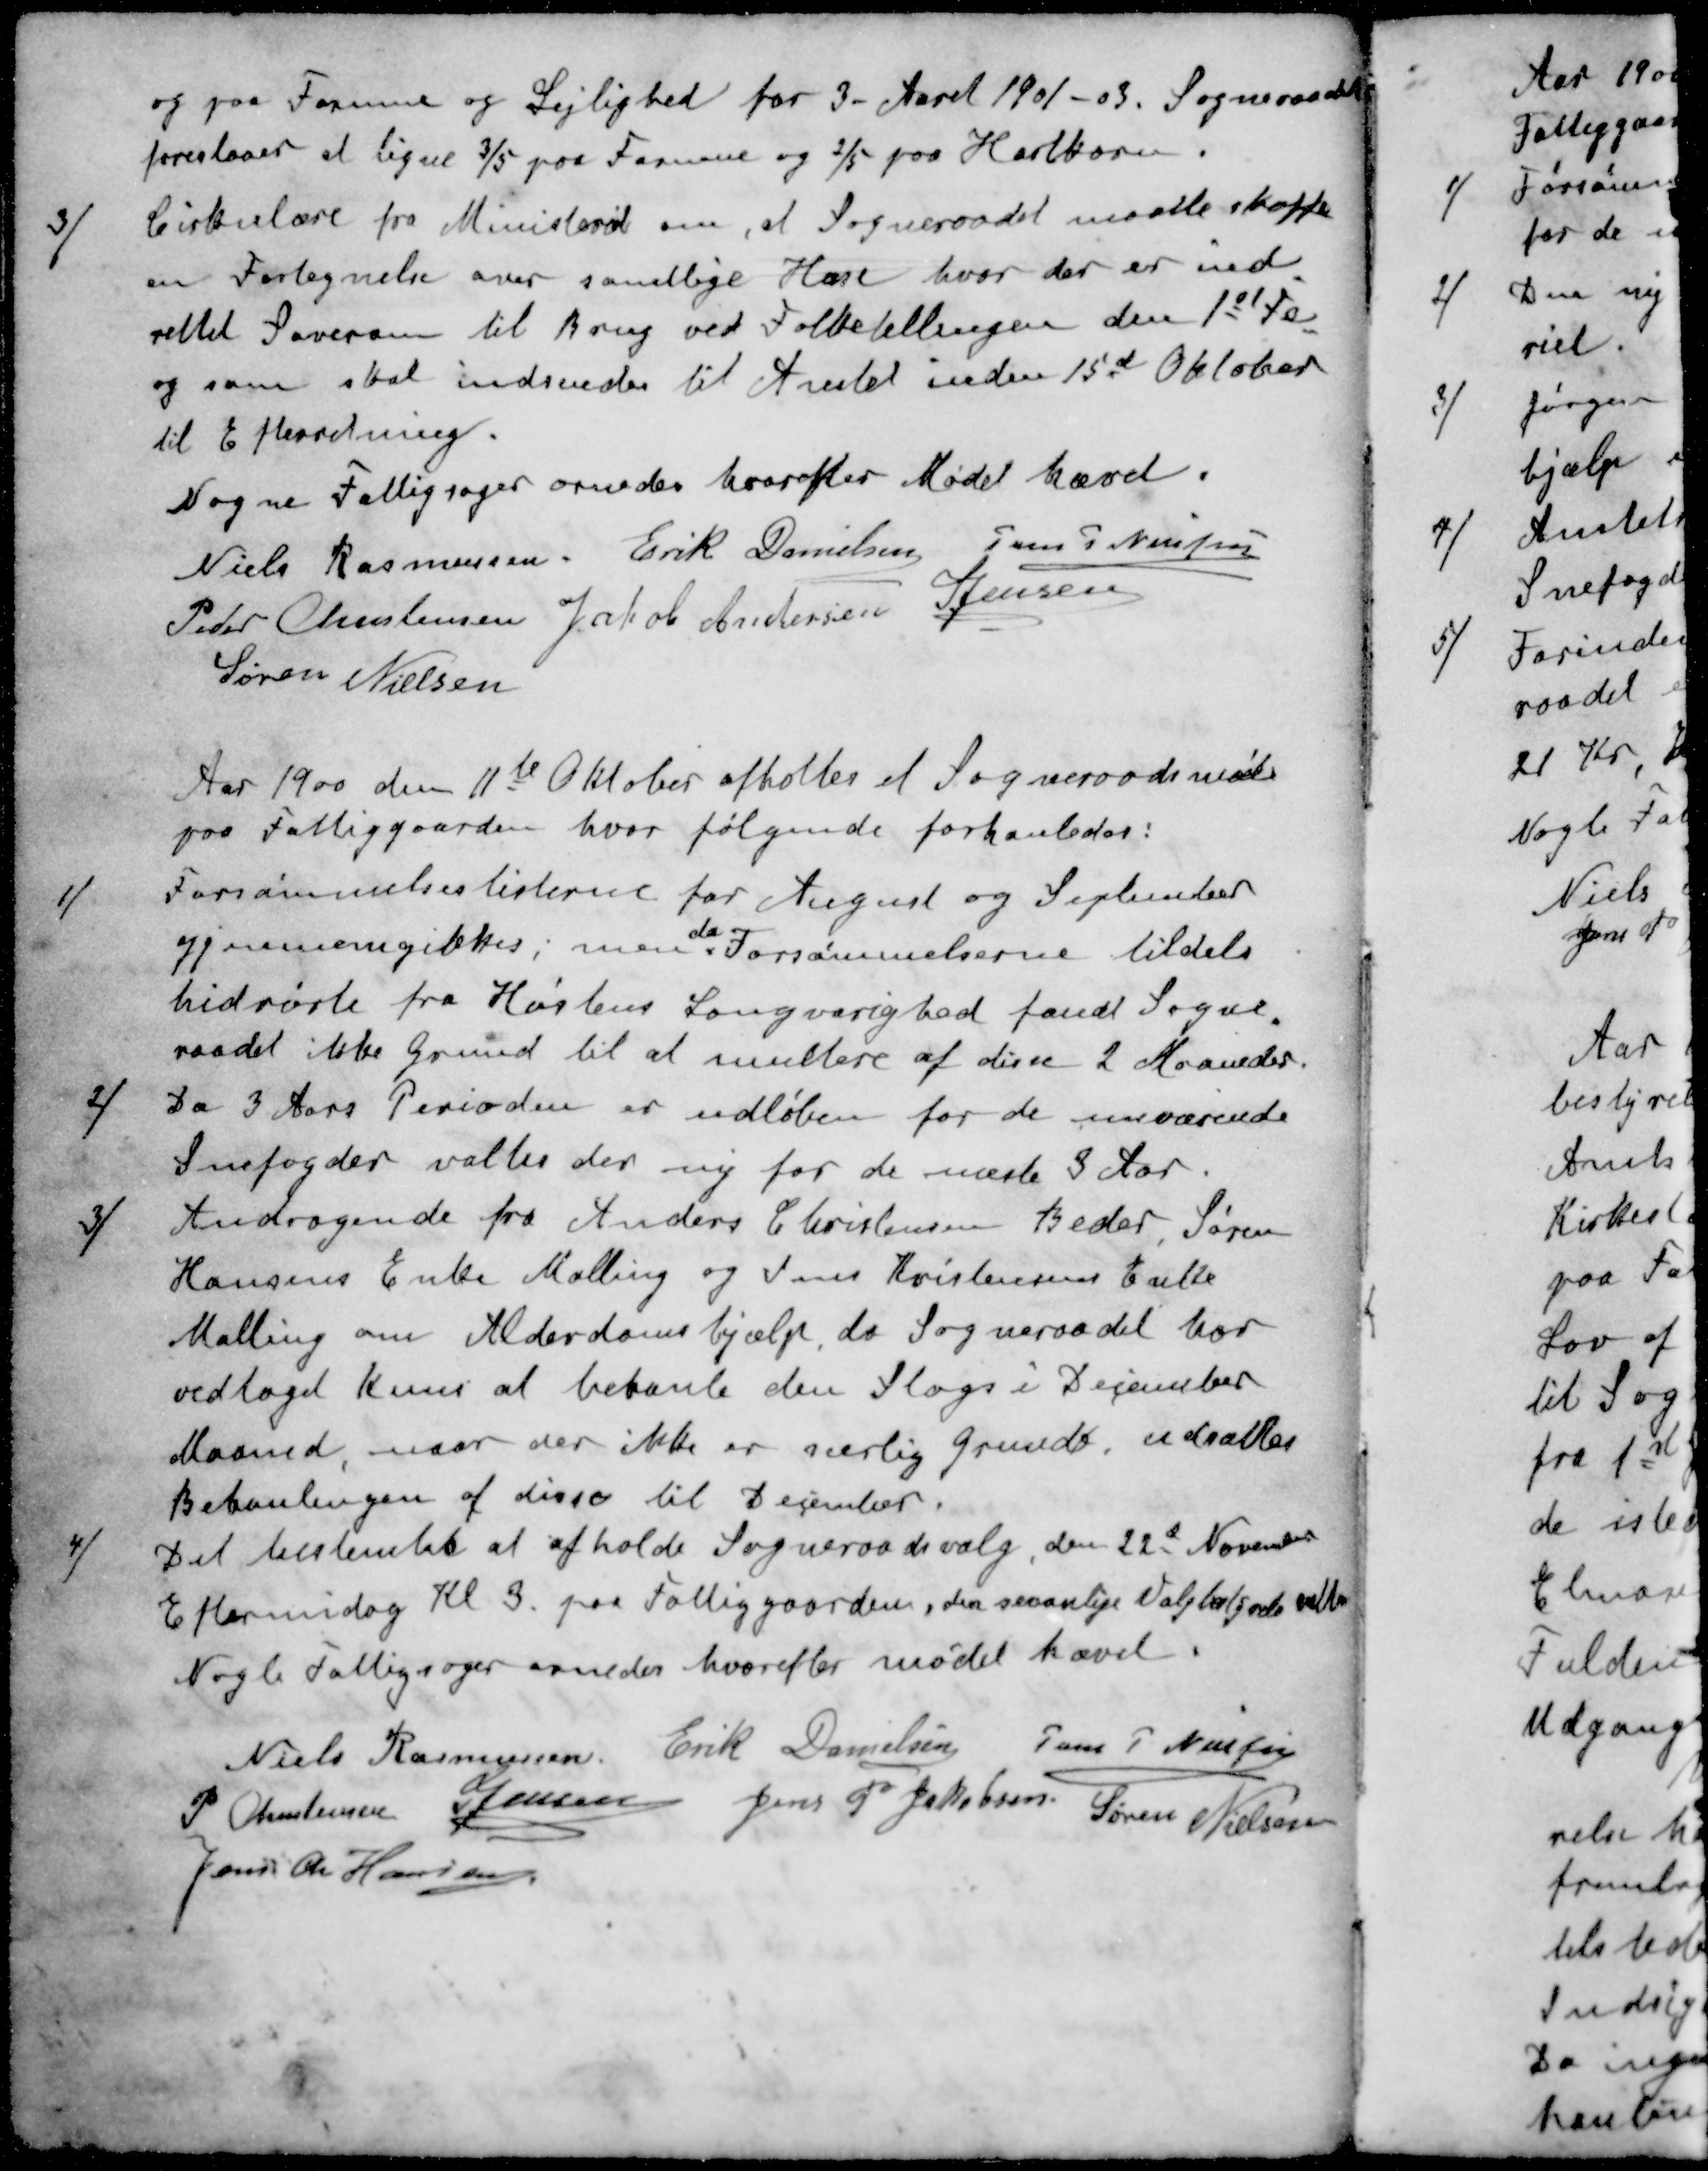
Transskription:
og paa Formue og Lejlighed for 3-Aaret 1901-03. Sogneraadet
foreslaaer at ligne 3/5 paa Formue og 2/5 paa Hartkorn.
3 7 Cirkulære fra Ministeriet om, at Sogneraadet maatte skaffe
en Fortegnelse over samtlige Huse hvor der er ind
rettet Soverum til Brug ved Folketællingen den 1st Fo
og som skal indsendes til Amtet inden 15de Oktober
til Efterretning.
Nogne Fattigsager ornedes hvorefter Mødet hævet.
Niels Rasmussen
Erik Danielsen
Jens P Nielsen
Peder Christensen
Jakob Andersen
S Jensen
Søren Nielsen
Aar 1900 den 11te Oktober afholtes et Sogneraadsmøde
paa Fattiggaarden, hvor følgende forhanledes:
1 / Forsømmelseslisterne for August og September
da
gjennemgikkes; men Forsømmelserne tildels
hidrørte fra Høstens Langvarighed fandt Sogne
raadet ikke Grund til at multere af disse 2 Maaneder.
2 / Da 3 Aars Perioden er udløben for de nuværende
Snefogder valtes der ny for de næste 3 Aar.
3 / Andragende fra Anders Christensen Beder, Søren
Hansens Enke Malling og Jens Kristensens Enke
Malling om Alderdomshjælp, da Sogneraadet har
vedtoges Kuns at betale den Slags i December
Maaned, naar der ikke er særlig Grunde, udsættes
Behanlingen af disse til December.
4 / Det bestemtes at afholde Sogneraadsvalg den 22d November
Eftermiddag Kl. 3 paa Fattiggaarden, den sevanlige Valgtalsode valtes
Nogle Fattigsager ornedes hvorefter mødet hævet
Niels Rasmussen
Erik Danielsen
Jens P Nielsen
P. Christensen
S Jensen
Jens P Jakobsen
Søren Nielsen
Jens Chr Hansen